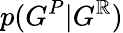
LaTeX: p(G^{P}|G^{\mathbb{R}})